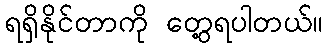
ရရှိနိုင်တာကို တွေ့ရပါတယ်။